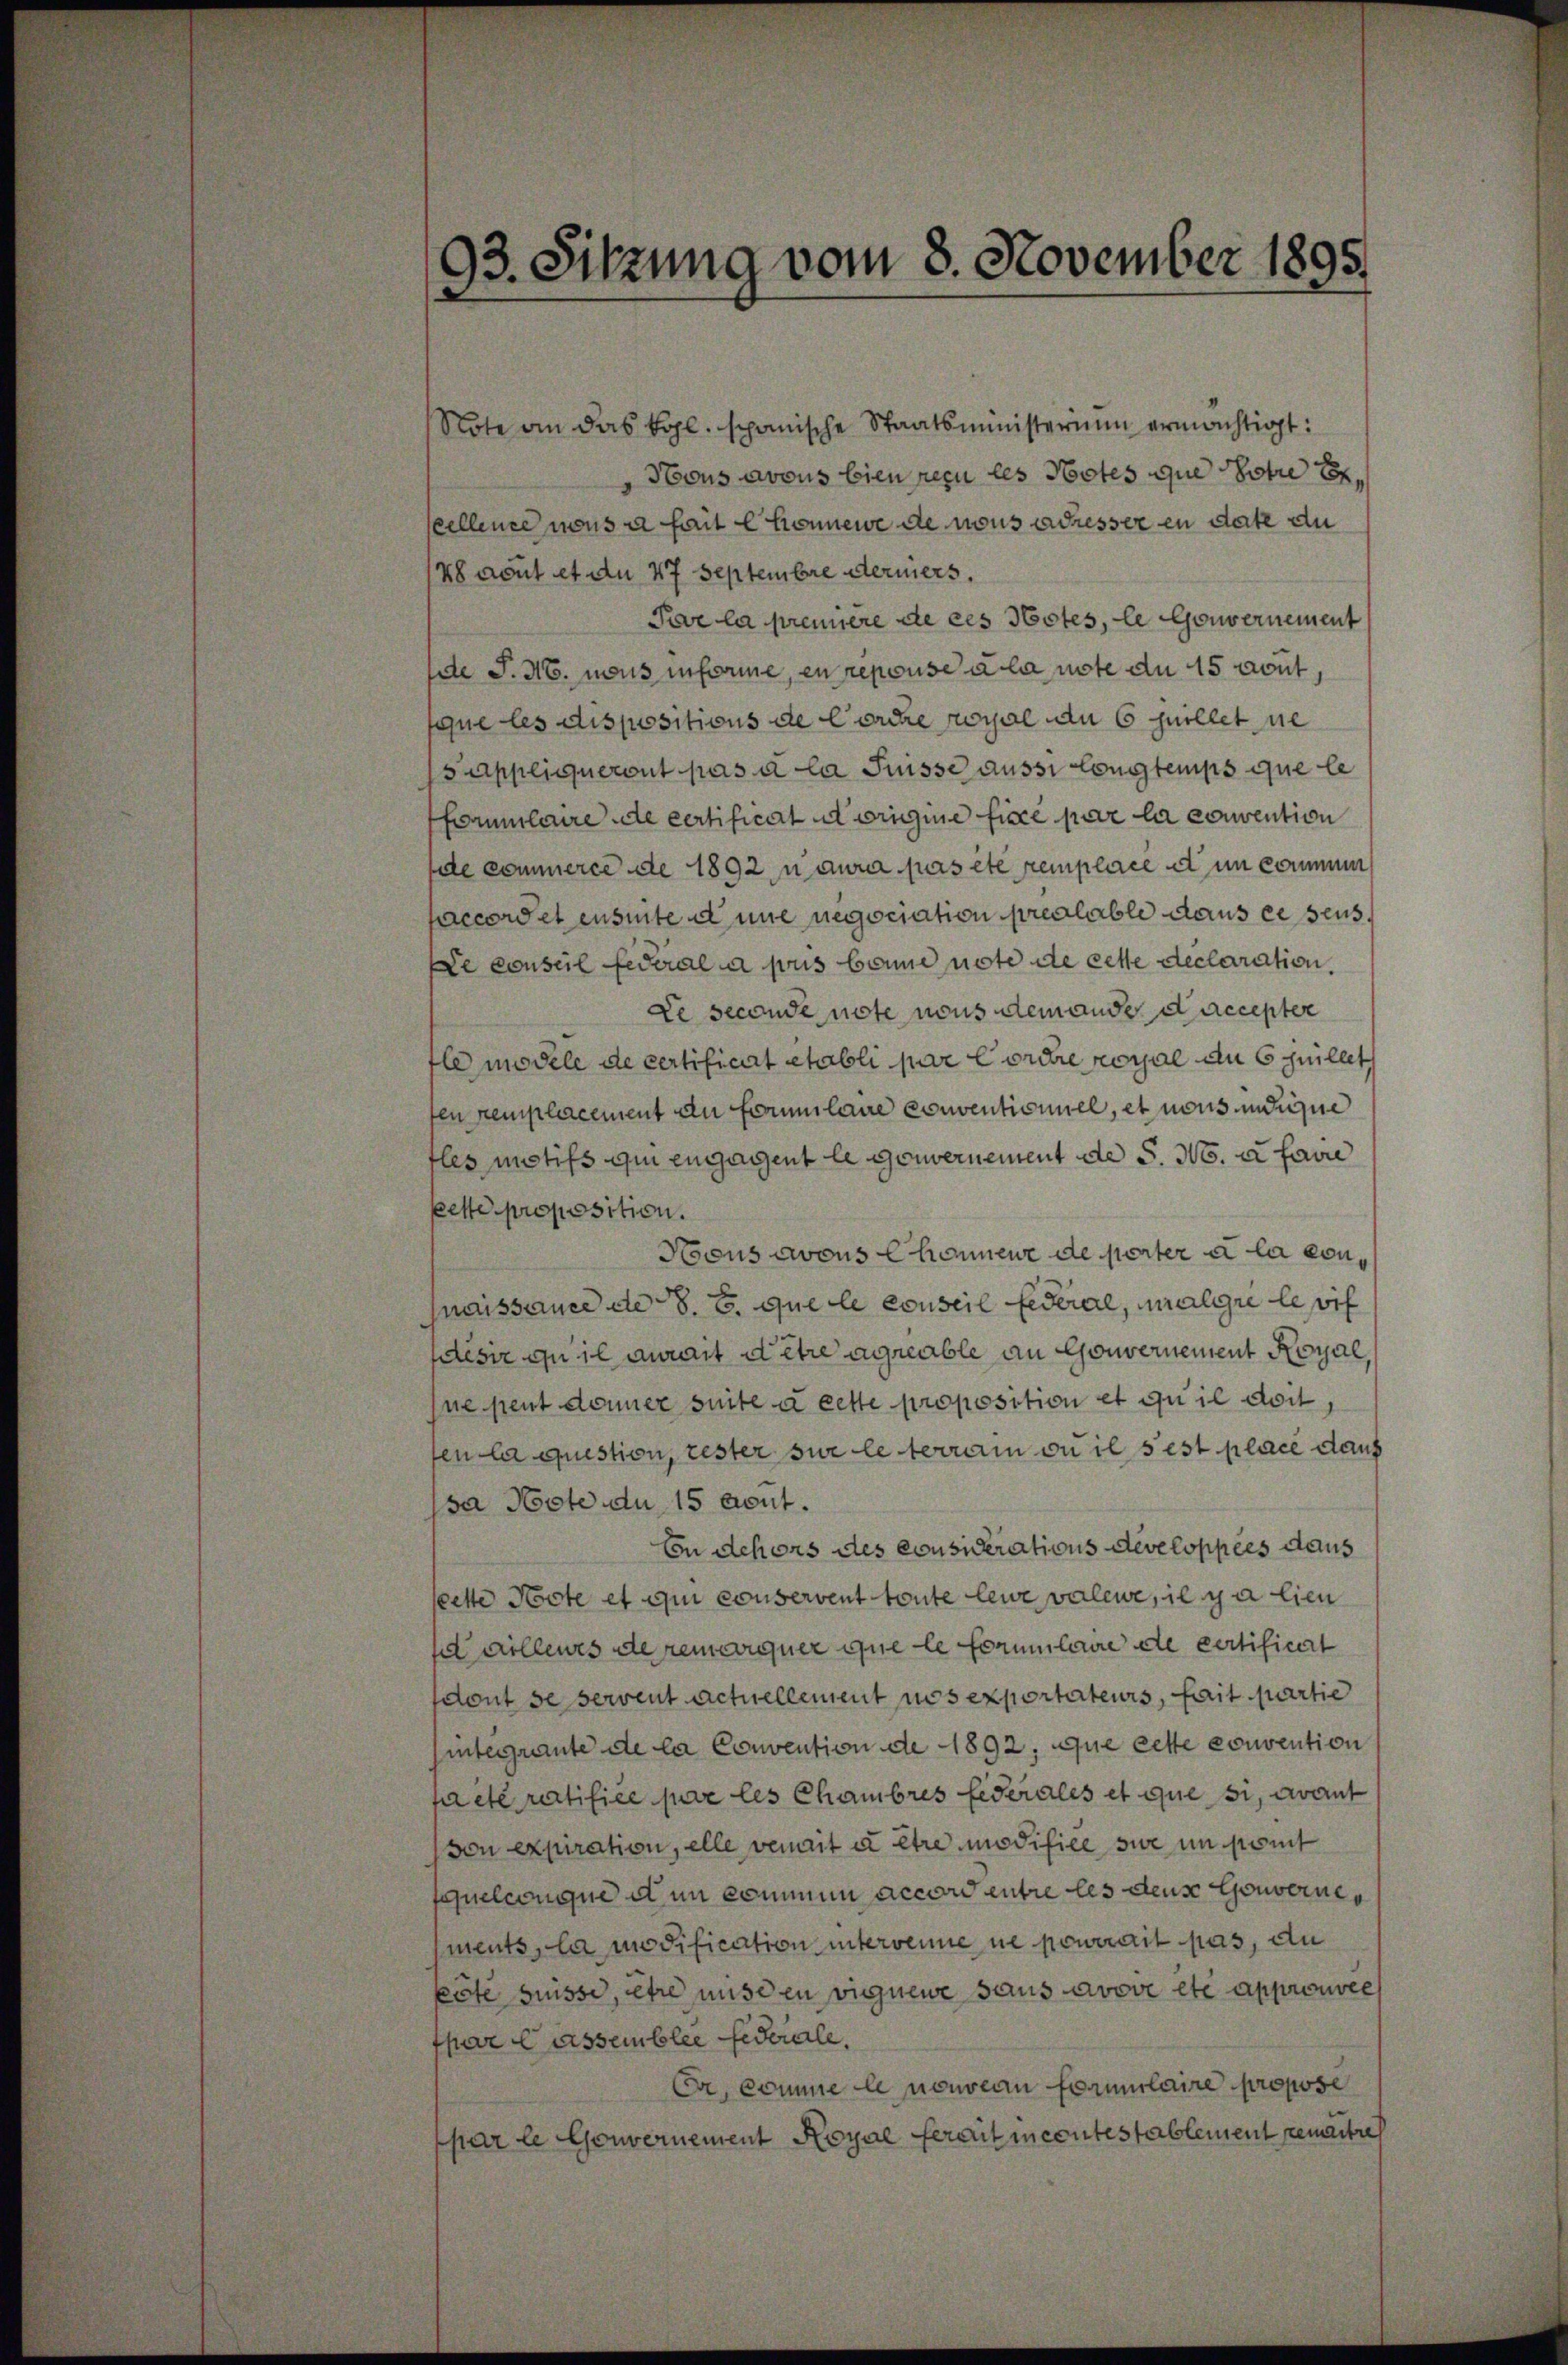
Note an das Kohl. spanische Staatsministerium ermächtigt:
Hous avous bien recu les Notes que potre becellence nous a fait Chronnere de nous adresser in date au
48 rout et du 47 Septembre dermers.
Par la première de ces Notes, le Gouvernement
de J. M. nach informe, en repouse a la note du 15 rout
que les dispositions de Corche royal du 6 puellet, ne
Sappliqueront pas à la Suisse aussi longtemps que le
forumlaire de certificat et origine fice par la convention
de commerce de 1892 n aura pas été remplace d im kommen
accordet ensuite die negociation préalable dans ce seus¬
De conseil federal a puis bonne note de cette declaration.
de seconde note nous dem ande d’accepter
le modele de certificirt etabli par Cordre royal du quillet
en remplacement an Formulaire conventioniel, et nous unse
fles motifs qui engagent le Gouvernement de S. No. a faire
kette proposition.
Hous avous Chonnene de porter à la connaissauer den 8. B. que le conseil Federal, malgie leif
esir qu’il aurait d’être agreable an Gouvernement Royal,
ne peut donner suite à cette proposition et quie dort,
fen la question, rester sur le terrain ou il s’est place dank
psa Note du 15 cout.
Cn Schors des considerations developpées daus
seette Horte et qui conservent toute leur valewe, il y a lieu
 villeurs de remarquer que le formulaire de certificirt
sdont se servent actuellement nos exportateurs, fait partie
integraute de la Convention de 1892, que cette convention
facte ratifice par les Chambres Federales et que si, avant
von expiration, elle verait à être modifice sie im komt
quelconque den kommen accord entre les deus Gouvernements, la modification untervenne ne pourrait pas, du
köte suisse, stre mis den vignewe sans avove etc approuvée
fpar Cassemblee fideale.
Er, comme le nouveau formulaire propose
par le Gouvernement Royal ferait incentestablement remaitre

93. Sitzung vom 8. November 1895